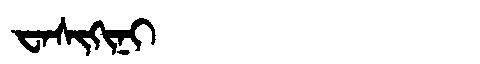
Manchu: ᠸᠠᠰᡳᡴᡳᠨᡳ
Romanization: WASIKINI